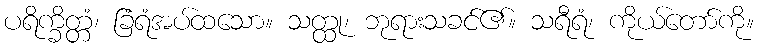
ပရိက္ခိတ္တံ၊ ခြံရံအပ်ထသော။ သတ္ထု၊ ဘုရားသခင်၏။ သရီရံ၊ ကိုယ်တော်ကို။